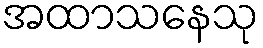
အထာသနေသု